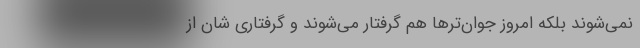
نمی‌شوند بلکه امروز جوان‌تر‌ها هم گرفتار می‌شوند و گرفتاری شان از